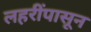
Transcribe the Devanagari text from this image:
लहरींपासून